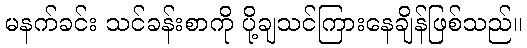
မနက်ခင်း သင်ခန်းစာကို ပို့ချသင်ကြားနေချိန်ဖြစ်သည်။